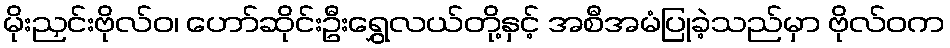
မိုးညှင်းဗိုလ်ဝ၊ ဟော်ဆိုင်းဦးရွှေလယ်တို့နှင့် အစီအမံပြုခဲ့သည်မှာ ဗိုလ်ဝက